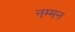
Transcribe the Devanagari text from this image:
नम्मन